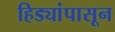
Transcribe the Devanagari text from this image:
हिड्यांपासून